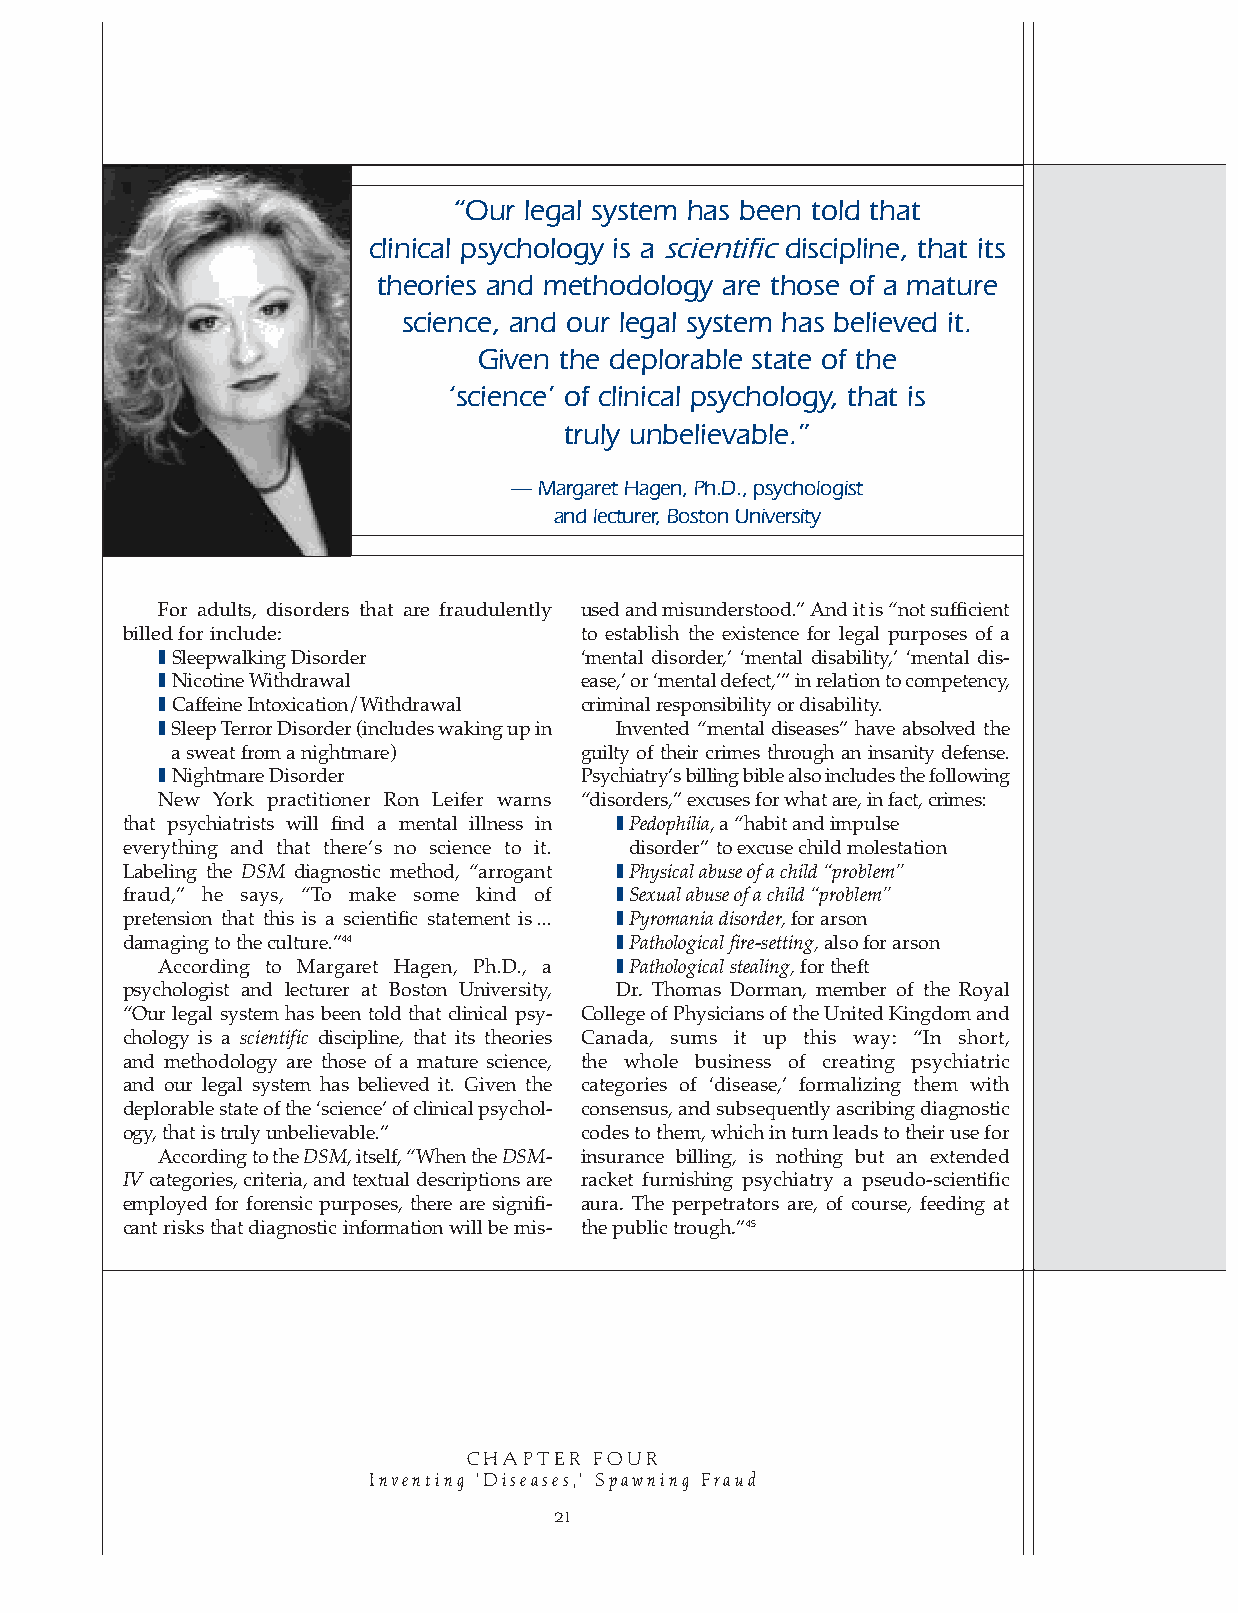
“Our legal system has been told that
 clinical psychology is a scientificdiscipline, that its
 theories and methodology are those of a mature
 science, and our legal system has believed it.
 Given the deplorable state of the
 ‘science’ of clinical psychology, that is
 truly unbelievable.”
 — Margaret Hagen, Ph.D., psychologist
 and lecturer, Boston University
 For adults, disorders that are fraudulently used and misunderstood.” And it is “not sufficient
 billed for include:           to establish the existence for legal purposes of a
 ❚Sleepwalking Disorder      ‘mental disorder,’ ‘mental disability,’ ‘mental dis-
 ❚Nicotine Withdrawal        ease,’ or ‘mental defect,’” in relation to competency,
 ❚Caffeine Intoxication/Withdrawal criminal responsibility or disability.
 ❚Sleep Terror Disorder (includes waking up in Invented “mental diseases” have absolved the
 a sweat from a nightmare)  guilty of their crimes through an insanity defense.
 ❚Nightmare Disorder         Psychiatry’s billing bible also includes the following
 New York practitioner Ron Leifer warns “disorders,” excuses for what are, in fact, crimes:
 that psychiatrists will find a mental illness in ❚Pedophilia, a “habit and impulse
 everything and that there’s no science to it. disorder” to excuse child molestation
 Labeling the DSM diagnostic method, “arrogant ❚Physical abuse of a child “problem”
 fraud,” he says, “To make some kind of ❚Sexual abuse of a child “problem”
 pretension that this is a scientific statement is... ❚Pyromania disorder, for arson
 damaging to the culture.”44      ❚Pathological fire-setting, also for arson
 According to Margaret Hagen, Ph.D., a ❚Pathological stealing, for theft
 psychologist and lecturer at Boston University, Dr. Thomas Dorman, member of the Royal
 “Our legal system has been told that clinical psy- College of Physicians of the United Kingdom and
 chology is a scientific discipline, that its theories Canada, sums it up this way: “In short,
 and methodology are those of a mature science, the whole business of creating psychiatric
 and our legal system has believed it. Given the categories of ‘disease,’ formalizing them with
 deplorable state of the ‘science’ of clinical psychol- consensus, and subsequently ascribing diagnostic
 ogy, that is truly unbelievable.” codes to them, which in turn leads to their use for
 According to the DSM, itself, “When the DSM- insurance billing, is nothing but an extended
 IVcategories, criteria, and textual descriptions are racket furnishing psychiatry a pseudo-scientific
 employed for forensic purposes, there are signifi- aura. The perpetrators are, of course, feeding at
 cant risks that diagnostic information will be mis- the public trough.”45
 CHAPTER FOUR
 Inventing ‘Diseases,’ Spawning Fraud
 21